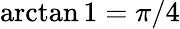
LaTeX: \arctan 1=\pi/4